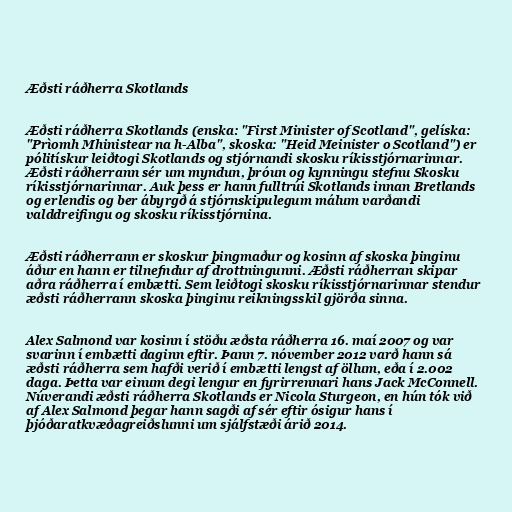
Æðsti ráðherra Skotlands

Æðsti ráðherra Skotlands (enska: "First Minister of Scotland", gelíska:
"Prìomh Mhinistear na h-Alba", skoska: "Heid Meinister o Scotland") er
pólitískur leiðtogi Skotlands og stjórnandi skosku ríkisstjórnarinnar.
Æðsti ráðherrann sér um myndun, þróun og kynningu stefnu Skosku
ríkisstjórnarinnar. Auk þess er hann fulltrúi Skotlands innan Bretlands
og erlendis og ber ábyrgð á stjórnskipulegum málum varðandi
valddreifingu og skosku ríkisstjórnina.

Æðsti ráðherrann er skoskur þingmaður og kosinn af skoska þinginu
áður en hann er tilnefndur af drottningunni. Æðsti ráðherran skipar
aðra ráðherra í embætti. Sem leiðtogi skosku ríkisstjórnarinnar stendur
æðsti ráðherrann skoska þinginu reikningsskil gjörða sinna.

Alex Salmond var kosinn í stöðu æðsta ráðherra 16. maí 2007 og var
svarinn í embætti daginn eftir. Þann 7. nóvember 2012 varð hann sá
æðsti ráðherra sem hafði verið í embætti lengst af öllum, eða í 2.002
daga. Þetta var einum degi lengur en fyrirrennari hans Jack McConnell.
Núverandi æðsti ráðherra Skotlands er Nicola Sturgeon, en hún tók við
af Alex Salmond þegar hann sagði af sér eftir ósigur hans í
þjóðaratkvæðagreiðslunni um sjálfstæði árið 2014.